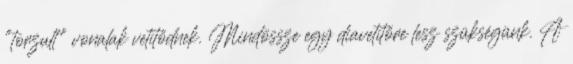
"torzult" vonalak vetítődnek. Mindössze egy diavetítőre lesz szükségünk. A